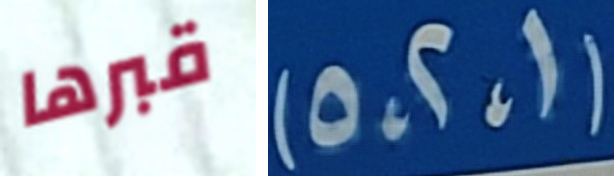
قبرها (1،2،5)